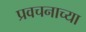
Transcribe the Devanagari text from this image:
प्रवचनाच्या